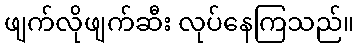
ဖျက်လိုဖျက်ဆီး လုပ်နေကြသည်။